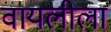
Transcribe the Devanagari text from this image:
वायलीला